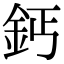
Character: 鈣